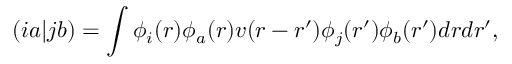
( i a | j b ) = \int \phi _ { i } ( r ) \phi _ { a } ( r ) v ( r - r ^ { \prime } ) \phi _ { j } ( r ^ { \prime } ) \phi _ { b } ( r ^ { \prime } ) d r d r ^ { \prime } ,